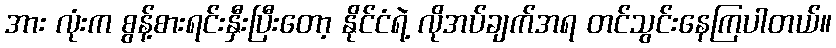
အား လုံးက စွန့်စားရင်းနှီးပြီးတော့ နိုင်ငံရဲ့ လိုအပ်ချက်အရ တင်သွင်းနေကြပါတယ်။